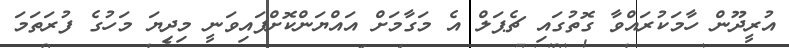
އުރީދޫން ހާމަކުރައްވާ ގޮތުގައި ޗެޕަލް އެ މަގާމަށް އައްޔަންކޮށްފައިވަނީ މިދިޔަ މަހުގެ ފުރަތަމަ